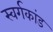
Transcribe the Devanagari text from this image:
स्वर्गकांड